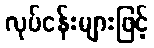
လုပ်ငန်းများဖြင့်